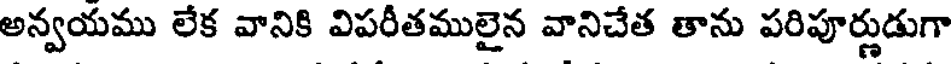
అన్వయము లేక వానికి విపరీతములైన వానిచేత తాను పరిపూర్ణుడుగా